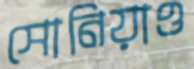
সোনিয়াও